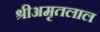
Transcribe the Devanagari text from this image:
श्रीअमृतलाल